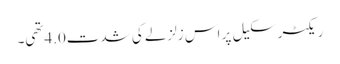
ریکٹر سکیل پر اس زلزلے کی شدت4.0تھی۔